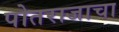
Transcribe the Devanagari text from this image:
पोतराजाचा